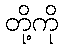
တို့ကို